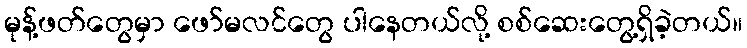
မုန့်ဖတ်တွေမှာ ဖော်မလင်တွေ ပါနေတယ်လို့ စစ်ဆေးတွေ့ရှိခဲ့တယ်။